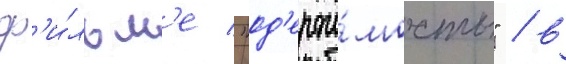
ф'и́льм'е "од'ержи́мость" / в